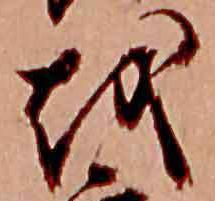
越